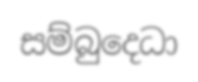
සම්බුදෙධා